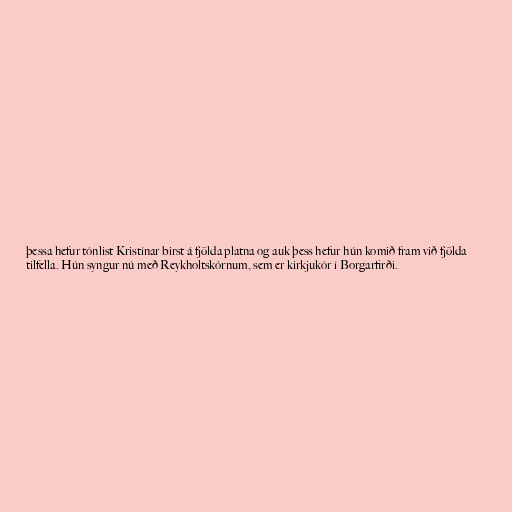
þessa hefur tónlist Kristínar birst á fjölda platna og auk þess hefur hún komið fram við fjölda
tilfella. Hún syngur nú með Reykholtskórnum, sem er kirkjukór í Borgarfirði.